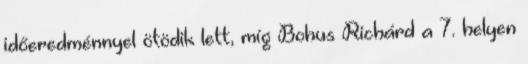
időeredménnyel ötödik lett, míg Bohus Richárd a 7. helyen